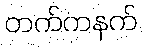
တက်ကနက်